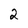
Character: 2